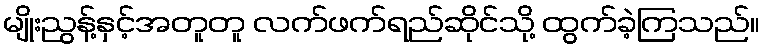
မျိုးညွန့်နှင့်အတူတူ လက်ဖက်ရည်ဆိုင်သို့ ထွက်ခဲ့ကြသည်။